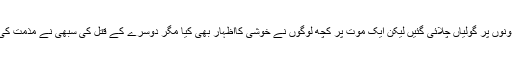
دونوں پر گولیاں چلائی گئیں لیکن ایک موت پر کچھ لوگوں نے خوشی کااظہار بھی کیا مگر دوسرے کے قتل کی سبھی نے مذمت کی۔